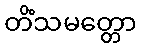
တိံသမတ္တော